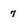
Character: 7